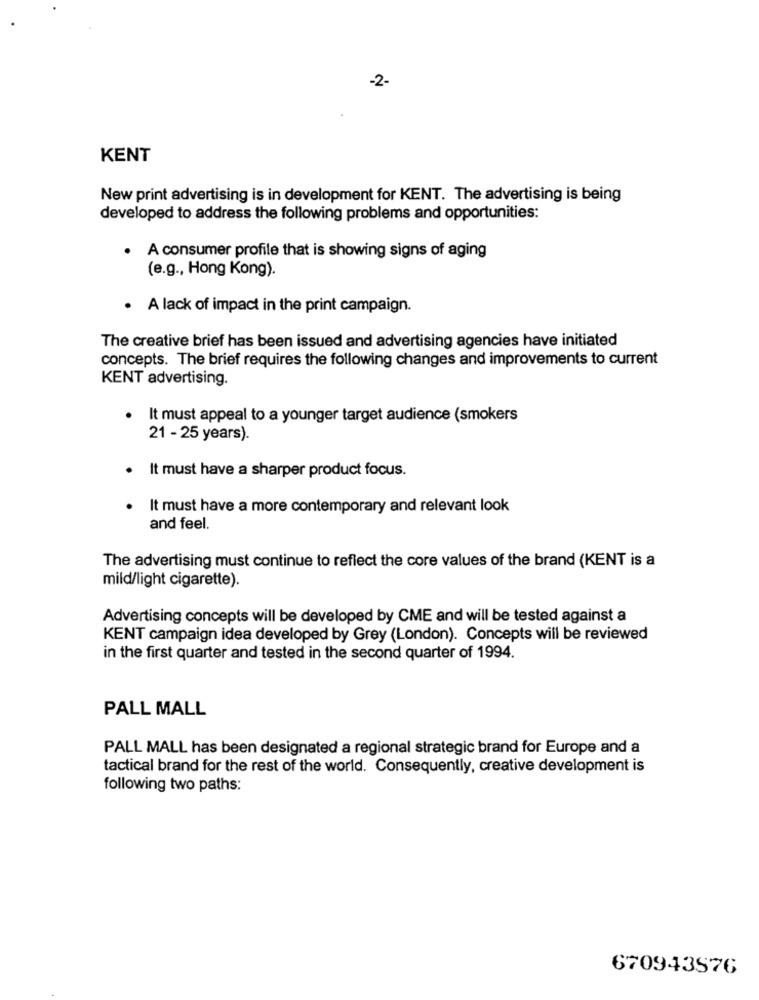
-2-
KENT
New print advertising is in development for KENT. The advertising is being
developed to address the following problems and opportunities:
. A consumer profile that is showing signs of aging
(e.g ., Hong Kong).
. A lack of impact in the print campaign.
The creative brief has been issued and advertising agencies have initiated
concepts. The brief requires the following changes and improvements to current
KENT advertising.
It must appeal to a younger target audience (smokers
21 - 25 years).
It must have a sharper product focus.
It must have a more contemporary and relevant look
and feel.
The advertising must continue to reflect the core values of the brand (KENT is a
mild/light cigarette).
Advertising concepts will be developed by CME and will be tested against a
KENT campaign idea developed by Grey (London). Concepts will be reviewed
in the first quarter and tested in the second quarter of 1994.
PALL MALL
PALL MALL has been designated a regional strategic brand for Europe and a
tactical brand for the rest of the world. Consequently, creative development is
following two paths:
670943576